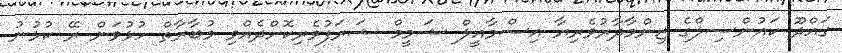
ގައްދޫ ކައުންސިލްގެ ޒިންމާދާރުވެރިޔާ އިސްމާއީލް ޝަމީމް ޝަރަފުވެރިކޮށްދެއްވި މުބާރާތް ހުޅުވަން ރޭ ކުޅުނު